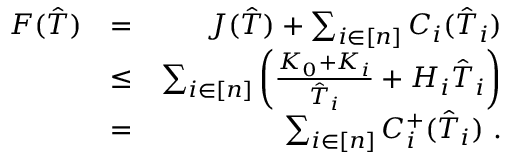
\begin{array} { r l r } { F ( \hat { T } ) } & { = } & { J ( \hat { T } ) + \sum _ { i \in [ n ] } C _ { i } ( \hat { T } _ { i } ) } \\ & { \leq } & { \sum _ { i \in [ n ] } \left( \frac { K _ { 0 } + K _ { i } } { \hat { T } _ { i } } + H _ { i } \hat { T } _ { i } \right) } \\ & { = } & { \sum _ { i \in [ n ] } C _ { i } ^ { + } ( \hat { T } _ { i } ) \ . } \end{array}